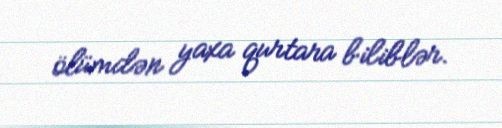
ölümdən yaxa qurtara biliblər.